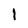
Character: I